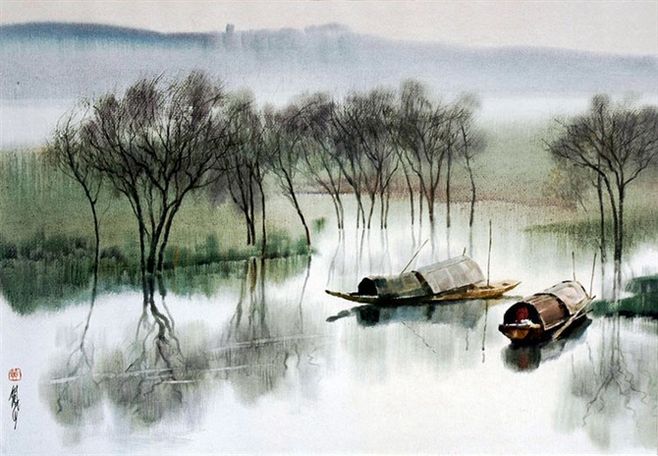
不管烟波与风雨，载将离恨过江南。